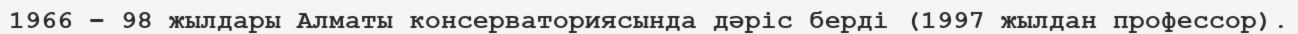
1966 – 98 жылдары Алматы консерваториясында дәріс берді (1997 жылдан профессор).